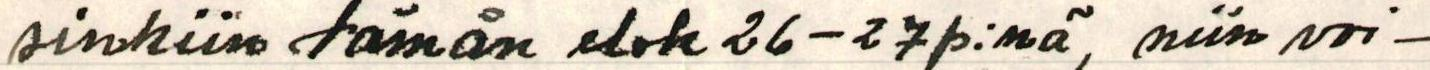
sinkiin tämän elok 26-27 p:nä, niin voi-